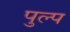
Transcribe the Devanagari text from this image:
पुल्प